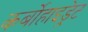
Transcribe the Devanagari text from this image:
कर्बोहाइड्रेट